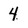
Character: 4